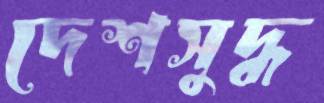
দেশসুদ্ধ